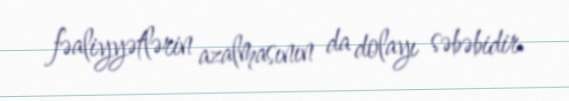
fəaliyyətlərin azalmasının da dolayı səbəbidir.